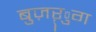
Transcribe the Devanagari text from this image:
बुज़ऱ्ुग